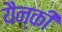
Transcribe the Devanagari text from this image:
यैन्की